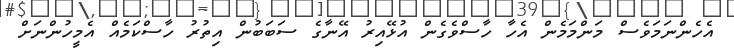
އެހެންނަމަވެސް މަންމަމެން އެހާ ހާސްވެގެން އުޅޭއިރު އޭނާގެ ސަބަބުން އިތުރު ހާސްކަމެއް އެމީހުންނަށް